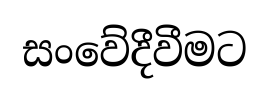
සංවේදීවීමට